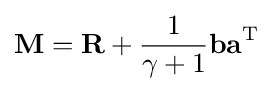
\mathbf {M} =\mathbf {R} +{\frac {1}{\gamma +1}}\mathbf {ba} ^{\mathrm {T} }